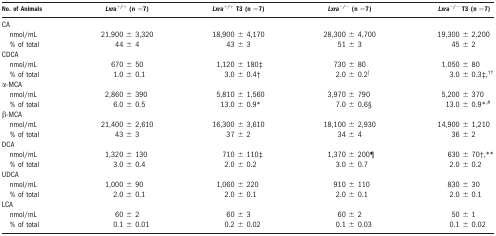
<table><thead><tr><td><b>No. of Animals</b></td><td><b><i>Lxra<sup>+/+</sup></i> (n =7)</b></td><td><b><i>Lxra<sup>+/+</sup></i> T3 (n =7)</b></td><td><b><i>Lxra<sup>−/−</sup></i> (n =7)</b></td><td><b><i>Lxra<sup>−/−</sup></i> T3 (n =7)</b></td></tr></thead><tbody><tr><td colspan="5">CA</td></tr><tr><td> nmol/mL</td><td>21,900 ± 3,320</td><td>18,900 ± 4,170</td><td>28,300 ± 4,700</td><td>19,300 ± 2,200</td></tr><tr><td> % of total</td><td>44 ± 4</td><td>43 ± 3</td><td>51 ± 3</td><td>45 ± 2</td></tr><tr><td colspan="7">CDCA</td></tr><tr><td> nmol/mL</td><td>670 ± 50</td><td>1,120 ± 180‡</td><td>730 ± 80</td><td>1.050 ± 80</td></tr><tr><td> % of total</td><td>1.0 ± 0.1</td><td>3.0 ± 0.4†</td><td>2.0 ± 0.2‖</td><td>3.0 ± 0.3‡††</td></tr><tr><td colspan="5">α-MCA</td></tr><tr><td> nmol/mL</td><td>2,860 ± 390</td><td>5,810 ± 1,560</td><td>3,970 ± 790</td><td>5,200 ± 370</td></tr><tr><td> % of total</td><td>6.0 ± 0.5</td><td>13.0 ± 0.9*</td><td>7.0 ± 0.6§</td><td>13.0 ± 0.9*#</td></tr><tr><td colspan="5">β-MCA</td></tr><tr><td> nmol/mL</td><td>21,400 ± 2,610</td><td>16,300 ± 3,610</td><td>18,100 ± 2,930</td><td>14,900 ± 1,210</td></tr><tr><td> % of total</td><td>43 ± 3</td><td>37 ± 2</td><td>34 ± 4</td><td>36 ± 2</td></tr><tr><td colspan="5">DCA</td></tr><tr><td> nmol/mL</td><td>1,320 ± 130</td><td>710 ± 110‡</td><td>1,370 ± 200¶</td><td>630 ± 70†**</td></tr><tr><td> % of total</td><td>3.0 ± 0.4</td><td>2.0 ± 0.2</td><td>3.0 ± 0.7</td><td>2.0 ± 0.2</td></tr><tr><td colspan="5">UDCA</td></tr><tr><td> nmol/mL</td><td>1,000 ± 90</td><td>1,060 ± 220</td><td>910 ± 110</td><td>830 ± 30</td></tr><tr><td> % of total</td><td>2.0 ± 0.1</td><td>2.0 ± 0.1</td><td>2.0 ± 0.1</td><td>2.0 ± 0.1</td></tr><tr><td colspan="5">LCA</td></tr><tr><td> nmol/mL</td><td>60 ± 2</td><td>60 ± 3</td><td>60 ± 2</td><td>50 ± 1</td></tr><tr><td> % of total</td><td>0.1 ± 0.01</td><td>0.2 ± 0.02</td><td>0.1 ± 0.03</td><td>0.1 ± 0.02</td></tr></tbody></table>